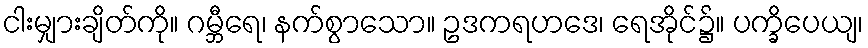
ငါးမျှားချိတ်ကို။ ဂမ္ဘီရေ၊ နက်စွာသော။ ဥဒကရဟဒေ၊ ရေအိုင်၌။ ပက္ခိပေယျ၊